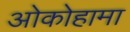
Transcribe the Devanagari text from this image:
ओकोहामा